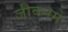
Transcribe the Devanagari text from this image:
जीवनमे